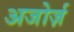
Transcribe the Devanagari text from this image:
अजोर्ज़